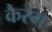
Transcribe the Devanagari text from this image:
कैस्म